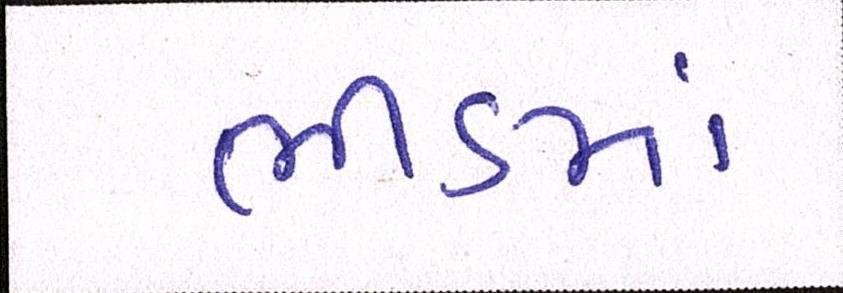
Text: ભીડમાં